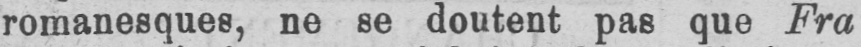
romanesques, ne se doutent pas que Fra